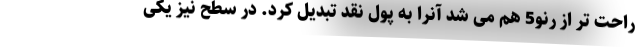
راحت تر از رنو5 هم می شد آنرا به پول نقد تبدیل کرد. در سطح نیز یکی